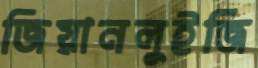
জিয়ানলুইজি